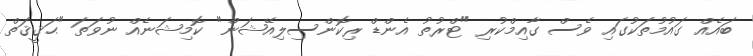
ބައެއް ގައުމުތަކުގައި ވެސް ގާއިމްކުރި "ޓްރުތު އެންޑް ރިކޮންސިލިއޭޝަން" ކޮމިޝަނެއް ނުވަތަ "ޙަޤީޤަތް